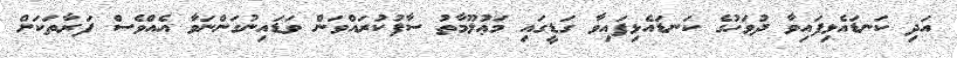
އަދި ކަނޑައެޅިފައިވާ ދުވަހުގެ ކަނޑައެޅިފައިވާ ގަޑީގައި މަޢުލޫމާތު ސާފުކުރައްވަން ވަޑައިނުގަންނަވާ އެއްވެސް ފަރާތަކަށް